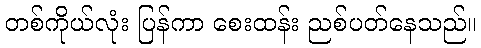
တစ်ကိုယ်လုံး ပြန်ကာ စေးထန်း ညစ်ပတ်နေသည်။